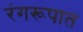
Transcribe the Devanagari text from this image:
रंगरूपात